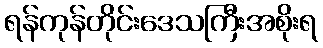
ရန်ကုန်တိုင်းဒေသကြီးအစိုးရ